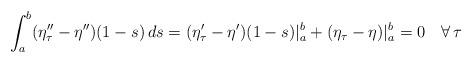
LaTeX: \begin{align*}\int_{a}^{b}(\eta_{\tau}''-\eta'')(1-s)\,ds=(\eta_{\tau}'-\eta')(1-s)|_{a}^{b}+(\eta_{\tau}-\eta)|_{a}^{b}=0\quad\forall\,\tau\end{align*}